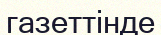
газеттінде